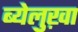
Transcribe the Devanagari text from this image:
ब्येलुख़ा